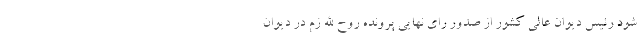
شود رئیس دیوان عالی کشور از صدور رای نهایی پرونده روح الله زم در دیوان